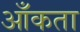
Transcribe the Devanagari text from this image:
आँकता